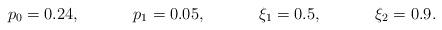
LaTeX: \begin{align*} &p_0 =0.24, && p_1 =0.05, && \xi_1=0.5, && \xi_2=0.9.\end{align*}